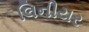
લિનીયર